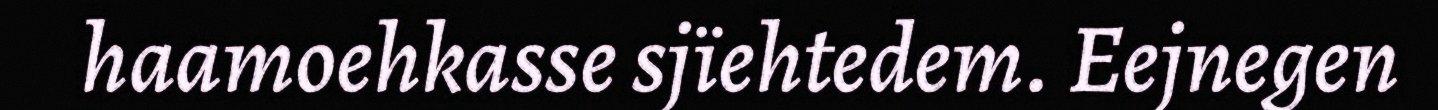
haamoehkasse sjïehtedem. Eejnegen